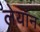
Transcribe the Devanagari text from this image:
लेयॉन